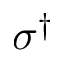
\sigma ^ { \dagger }